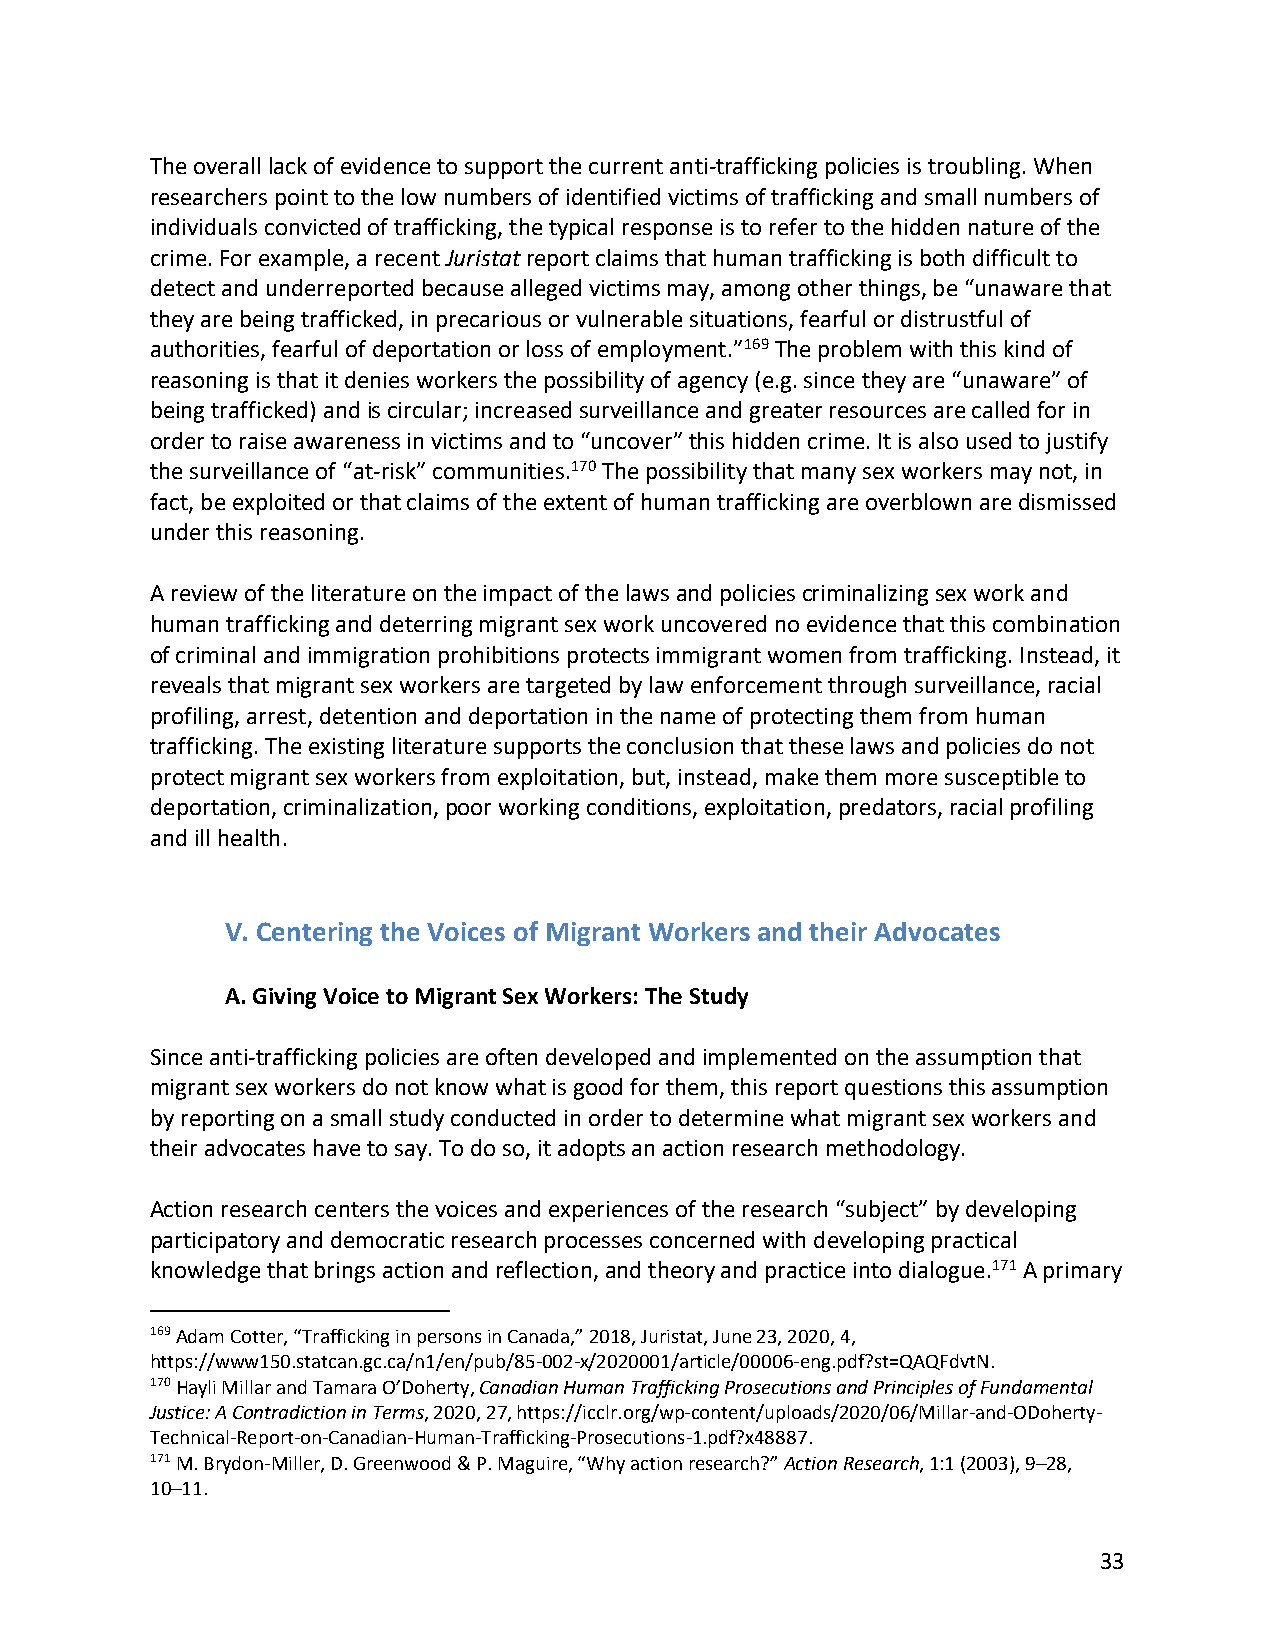
The overall lack of evidence to support the current anti-trafficking policies is troubling. When
 researchers point to the low numbers of identified victims of trafficking and small numbers of
 individuals convicted of trafficking, the typical response is to refer to the hidden nature of the
 crime. For example, a recent Juristat report claims that human trafficking is both difficult to
 detect and underreported because alleged victims may, among other things, be “unaware that
 they are being trafficked, in precarious or vulnerable situations, fearful or distrustful of
 authorities, fearful of deportation or loss of employment.”169 The problem with this kind of
 reasoning is that it denies workers the possibility of agency (e.g. since they are “unaware” of
 being trafficked) and is circular; increased surveillance and greater resources are called for in
 order to raise awareness in victims and to “uncover” this hidden crime. It is also used to justify
 the surveillance of “at-risk” communities.170 The possibility that many sex workers may not, in
 fact, be exploited or that claims of the extent of human trafficking are overblown are dismissed
 under this reasoning.
 A review of the literature on the impact of the laws and policies criminalizing sex work and
 human trafficking and deterring migrant sex work uncovered no evidence that this combination
 of criminal and immigration prohibitions protects immigrant women from trafficking. Instead, it
 reveals that migrant sex workers are targeted by law enforcement through surveillance, racial
 profiling, arrest, detention and deportation in the name of protecting them from human
 trafficking. The existing literature supports the conclusion that these laws and policies do not
 protect migrant sex workers from exploitation, but, instead, make them more susceptible to
 deportation, criminalization, poor working conditions, exploitation, predators, racial profiling
 and ill health.
 V. Centering the Voices of Migrant Workers and their Advocates
 A. Giving Voice to Migrant Sex Workers: The Study
 Since anti-trafficking policies are often developed and implemented on the assumption that
 migrant sex workers do not know what is good for them, this report questions this assumption
 by reporting on a small study conducted in order to determine what migrant sex workers and
 their advocates have to say. To do so, it adopts an action research methodology.
 Action research centers the voices and experiences of the research “subject” by developing
 participatory and democratic research processes concerned with developing practical
 knowledge that brings action and reflection, and theory and practice into dialogue.171 A primary
 169 Adam Cotter, “Trafficking in persons in Canada,” 2018, Juristat, June 23, 2020, 4,
 https://www150.statcan.gc.ca/n1/en/pub/85-002-x/2020001/article/00006-eng.pdf?st=QAQFdvtN.
 170 Hayli Millar and Tamara O’Doherty, Canadian Human Trafficking Prosecutions and Principles of Fundamental
 Justice: A Contradiction in Terms, 2020, 27, https://icclr.org/wp-content/uploads/2020/06/Millar-and-ODoherty-
 Technical-Report-on-Canadian-Human-Trafficking-Prosecutions-1.pdf?x48887.
 171 M. Brydon-Miller, D. Greenwood & P. Maguire, “Why action research?” Action Research, 1:1 (2003), 9–28,
 10–11.
 33